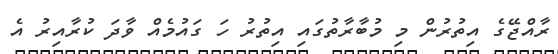
ރާއްޖޭގެ އިތުރުން މި މުބާރާތުގައި އިތުރު ހަ ގައުމެއް ވާދަ ކުރާއިރު އެ